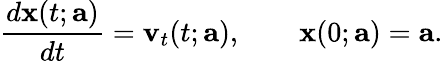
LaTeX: \frac{d{\mathbf x}(t;\mathbf a)}{dt}={\mathbf v}_{t}(t;{\mathbf a}),\qquad{\mathbf x}(0;{\mathbf a})={\mathbf a}.